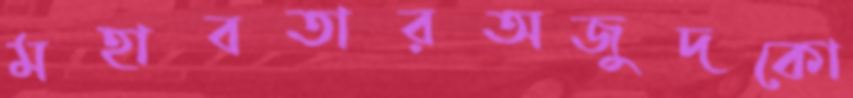
মহাবতারঅজুদকো